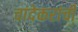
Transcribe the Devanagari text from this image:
चांदेकरांची